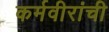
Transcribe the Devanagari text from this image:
कर्मवीरांची